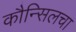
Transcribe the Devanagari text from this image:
कौन्सिलचा